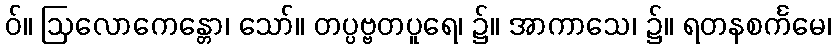
ဝ်။ ဩလောကေန္တော၊ သော်။ တပ္ပဗ္ဗတပူရေ၊ ၌။ အာကာသေ၊ ၌။ ရတနစင်္ကမေ၊